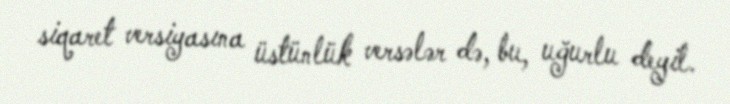
siqaret versiyasına üstünlük versələr də, bu, uğurlu deyil.